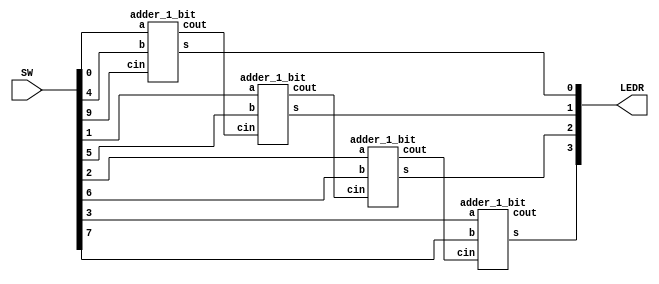
module PS1_ZAD15(
input [9:0] SW,
output [9:0] LEDR);
wire [2:0] C;
adder_1_bit ex0(SW[0],SW[4],SW[9],LEDR[0],C[0]);
adder_1_bit ex1(SW[1],SW[5],C[0],LEDR[1],C[1]);
adder_1_bit ex2(SW[2],SW[6],C[1],LEDR[2],C[2]);
adder_1_bit ex3(SW[3],SW[7],C[2],LEDR[3],LEDR[9]);
endmodule

module adder_1_bit(
input a,b,cin,
output s,cout);
wire x,y,z;
xor (x,a,b);
xor (s,x,cin);
and (y,x,cin);
and (z,a,b);
or (cout,y,z);
endmodule